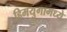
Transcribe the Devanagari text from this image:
हिमयुगामध्ये